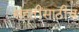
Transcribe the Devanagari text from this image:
संहतींसाठीच